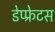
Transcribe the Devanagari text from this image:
डेप्फ्रेटस